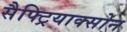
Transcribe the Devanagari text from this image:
सैफ्ट्रियाक्सोन